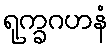
ရုက္ခဂဟနံ